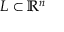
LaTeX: L \subset \mathbb { R } ^ { n }